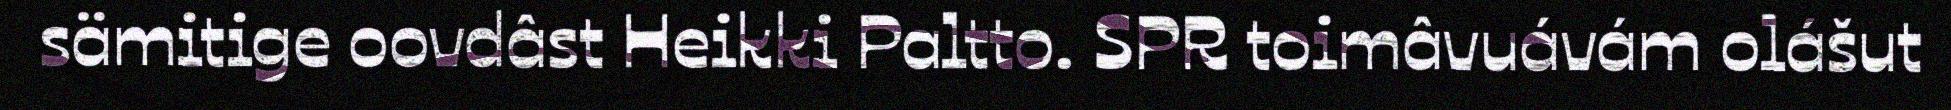
sämitige oovdâst Heikki Paltto. SPR toimâvuávám olášut